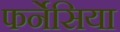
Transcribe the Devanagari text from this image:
फर्नेसिया